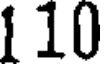
1 10